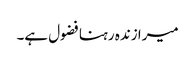
میرا زندہ رہنا فضول ہے۔